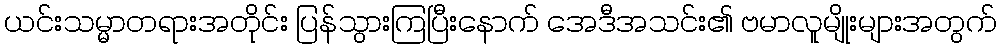
ယင်းသမ္မာတရားအတိုင်း ပြန်သွားကြပြီးနောက် အေဒီအသင်း၏ ဗမာလူမျိုးများအတွက်